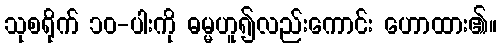
သုစရိုက် ၁၀-ပါးကို ဓမ္မဟူ၍လည်းကောင်း ဟောထား၏။